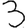
Digit: 3